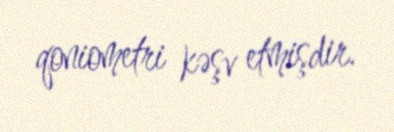
qoniometri kəşv etmişdir.